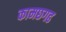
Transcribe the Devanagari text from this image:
कामछगढ